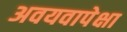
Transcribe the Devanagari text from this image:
अवयवापेक्षा